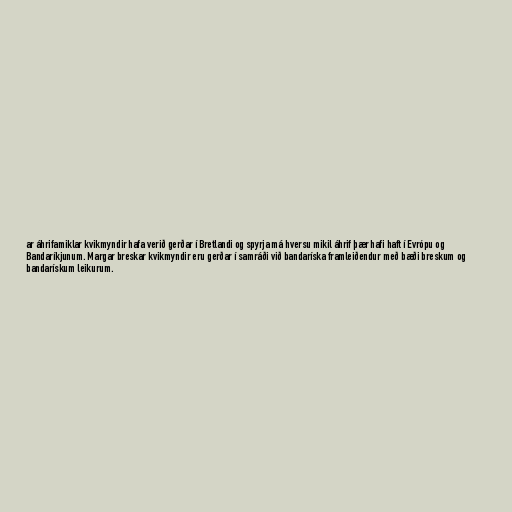
ar áhrifamiklar kvikmyndir hafa verið gerðar í Bretlandi og spyrja má hversu mikil áhrif þær hafi haft í Evrópu og
Bandaríkjunum. Margar breskar kvikmyndir eru gerðar í samráði við bandaríska framleiðendur með bæði breskum og
bandarískum leikurum.